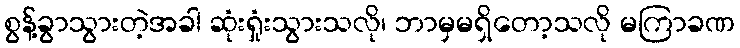
စွန့်ခွာသွားတဲ့အခါ ဆုံးရှုံးသွားသလို၊ ဘာမှမရှိတော့သလို မကြာခဏ